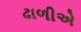
ઢાળીએ